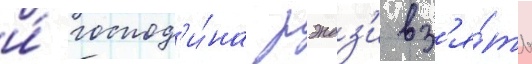
и́ господ'и́на рэндз'и вз'я́ть